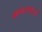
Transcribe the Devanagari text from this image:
ग्रामसमाजों